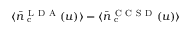
\langle \bar { n } _ { \mathrm { ~ c ~ } } ^ { \mathrm { ~ L ~ D ~ A ~ } } ( u ) \rangle - \langle \bar { n } _ { \mathrm { ~ c ~ } } ^ { \mathrm { ~ C ~ C ~ S ~ D ~ } } ( u ) \rangle